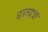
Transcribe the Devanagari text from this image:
क्राप्टचा